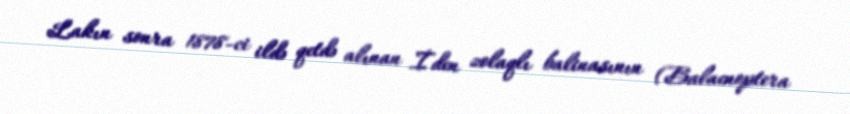
Lakın sonra 1878-ci ildə qetdə alınan İden zolaqlı balinasının (Balaenoptera